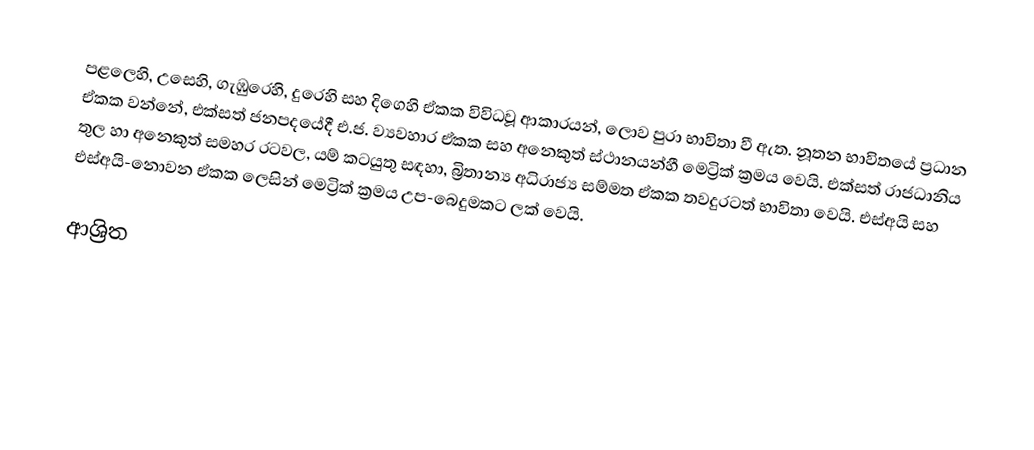
පළලෙහි, උසෙහි, ගැඹුරෙහි, දුරෙහි සහ දිගෙහි ඒකක විවිධවූ ආකාරයන්, ලොව පුරා භාවිතා වී ඇත. නූතන භාවිතයේ ප්‍රධාන ඒකක වන්නේ,  එක්සත් ජනපදයේදී එ.ජ. ව්‍යවහාර ඒකක සහ අනෙකුත් ස්ථානයන්හී මෙට්‍රික් ක්‍රමය වෙයි. එක්සත් රාජධානිය තුල හා අනෙකුත් සමහර රටවල, යම් කටයුතු සඳහා, බ්‍රිතාන්‍ය   අධිරාජ්‍ය සම්මත ඒකක තවදුරටත් භාවිතා වෙයි. එස්අයි සහ එස්අයි-නොවන ඒකක ලෙසින් මෙට්‍රික් ක්‍රමය උප-බෙදුමකට ලක් වෙයි.

ආශ්‍රිත